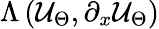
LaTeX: \Lambda\left(\mathcal{U}_{\Theta},\partial_{x}\mathcal{U}_{\Theta}\right)